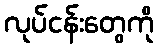
လုပ်ငန်းတွေကို